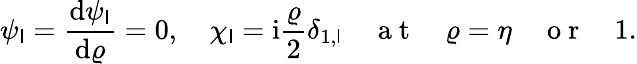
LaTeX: \psi_{\mathsf{l}}=\frac{{\mathrm{{d}}\psi_{\mathsf{l}}}}{{\mathrm{{d}}\varrho}}=0,\quad\chi_{\mathsf{l}}=\mathrm{{i}}\frac{{\varrho}}{{2}}\delta_{1,\mathsf{l}}\quad\mathrm{{~a~t~}}\quad\varrho=\eta\quad\mathrm{{~o~r~}}\quad1.